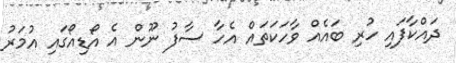
ދައްކާފައި ހުރި ބައެއް ވާހަކަތައް އެހާ ސާފު ނޫން އެ އޯޑިއޯގައި އުމަރު